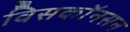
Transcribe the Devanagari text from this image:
विसकॉनसन